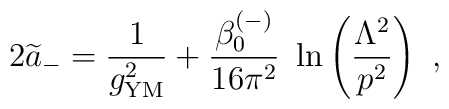
2{\widetilde a}_-={1\over g^2_{\rm {\small YM}}}+ {\beta^{(-)}_0\over 16\pi^2}~\ln\left( {\Lambda^2\over p^2}\right)~,